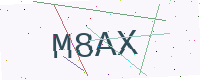
Text: M8AX